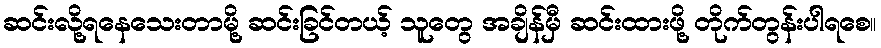
ဆင်းလို့ရနေသေးတာမို့ ဆင်းခြင်တယ့် သူတွေ အချိန်မှီ ဆင်းထားဖို့ တိုက်တွန်းပါရစေ။